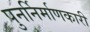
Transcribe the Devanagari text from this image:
पुनर्निर्माणकारी